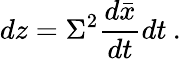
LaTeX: dz=\Sigma^{2}\frac{d\bar{x}}{dt}dt\: .